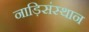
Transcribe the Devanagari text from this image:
नाड़िसंस्थान